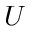
U